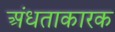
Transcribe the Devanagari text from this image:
अंधताकारक